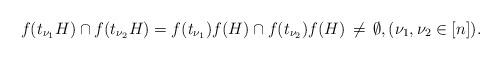
LaTeX: \begin{align*}f(t_{\nu_1} H) \cap f(t_{\nu_2} H) = f(t_{\nu_1}) f(H) \cap f(t_{\nu_2}) f(H) \,\neq\, \emptyset, (\nu_1, \nu_2 \in [n]).\end{align*}